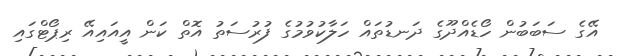
އޭގެ ސަބަބުން ހޯޑެއްދޫގެ ދަނޑުތައް ހަލާކުވުމުގެ ފުރުސަތު އޮތް ކަން އީއައިއޭ ރިޕޯޓްގައި